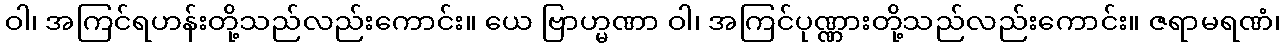
ဝါ၊ အကြင်ရဟန်းတို့သည်လည်းကောင်း။ ယေ ဗြာဟ္မဏာ ဝါ၊ အကြင်ပုဏ္ဏားတို့သည်လည်းကောင်း။ ဇရာမရဏံ၊